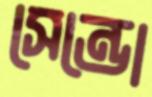
সেন্ডো